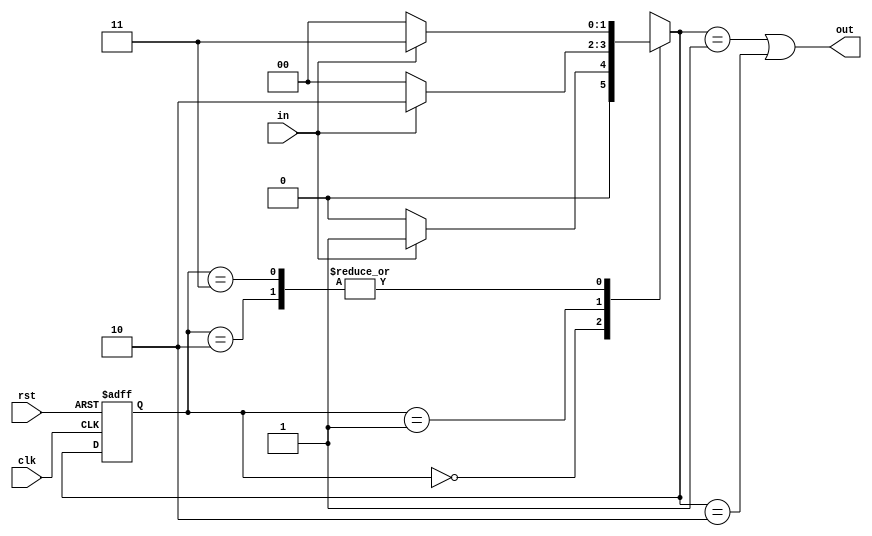
module edgeDet (clk, rst, in , out);
    input clk;
    input rst;
    input in;
    output out;
    
    reg[1:0] state, nxtState;
    parameter [1:0] Zero= 2'b00 , One = 2'b01, Two=2'b10, Three = 2'b11;
    
    always @(*) begin
    
    case(nxtState)
        Zero:
            if(in) 
                state <= One;
            else
                state <= Zero;
        
        One: 
            if (in)
                state <= Two;
            else 
                state <= Zero;
        Two:
            if(in)
                state <= Three;
            else
                state <= Zero;
        Three:
            if(in)
                state <= Three;
            else 
                state <= Zero;
        default: 
            state <= Zero;
        endcase 
    end
    
    always @(posedge clk or posedge rst)begin 
        if(rst) 
            nxtState <= Zero;
        else begin
            nxtState <= state;
        end
    end
    
    assign out = (state == One) | (state == Two);
endmodule